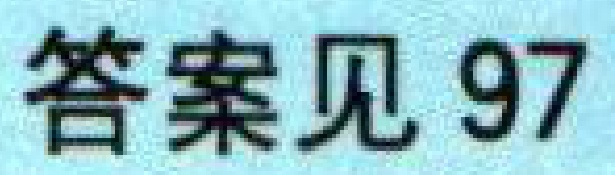
答案见97